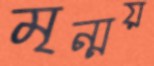
মৃন্ময়